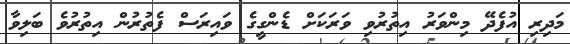
މަދިރި އުފެދޭ މިންވަރު އިތުރުވި ވަރަކަށް ޑެންގީގެ ވައިރަސް ފެތުރުން އިތުރުވެ ބަލިވާ